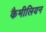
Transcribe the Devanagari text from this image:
कैमीलियन